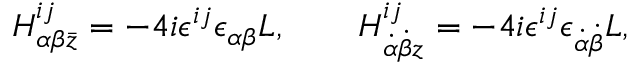
H _ { \alpha \beta \bar { z } } ^ { i j } = - 4 i \epsilon ^ { i j } \epsilon _ { \alpha \beta } L , \qquad H _ { \dot { \alpha } \dot { \beta } z } ^ { i j } = - 4 i \epsilon ^ { i j } \epsilon _ { \dot { \alpha } \dot { \beta } } L ,